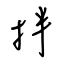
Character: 拌